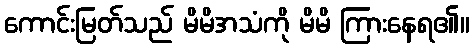
ကောင်းမြတ်သည် မိမိအသံကို မိမိ ကြားနေရ၏။